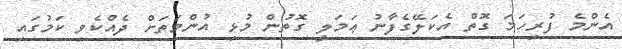
އެންމެ ފުރިހަމަ ގޮތް އެކަލޭގެފާނު ޢަމަލީ ގޮތުން މުޅި އުންމަތަށް ދެއްކެވި ކަމުގައި